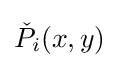
{\check {P}}_{i}(x,y)